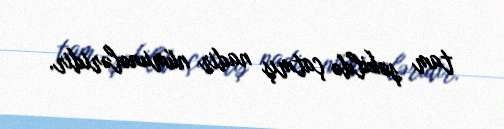
tam şəkildə çatmış nadir nümunələridir.